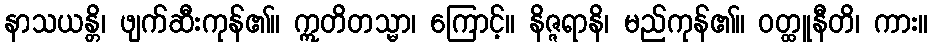
နာသယန္တိ၊ ဖျက်ဆီးကုန်၏။ ဣတိတသ္မာ၊ ကြောင့်။ နိဇ္ဇရာနိ၊ မည်ကုန်၏။ ဝတ္ထူနီတိ၊ ကား။